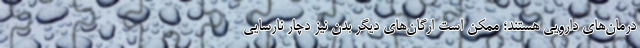
درمان‌های دارویی هستند؛ ممکن است ارگان‌های دیگر بدن نیز دچار نارسایی